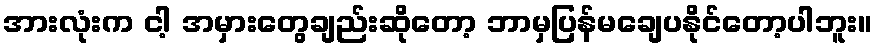
အားလုံးက ငါ့ အမှားတွေချည်းဆိုတော့ ဘာမှပြန်မချေပနိုင်တော့ပါဘူး။